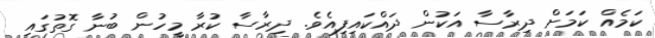
ކަމެއް ކަމަށް ދިރާސާ އަކުން ދައްކައިފިއެވެ. ދިރާސާ ކުރާ މީހުން ބުނާ ގޮތުގައި